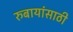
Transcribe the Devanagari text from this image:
रुबायांसाठी